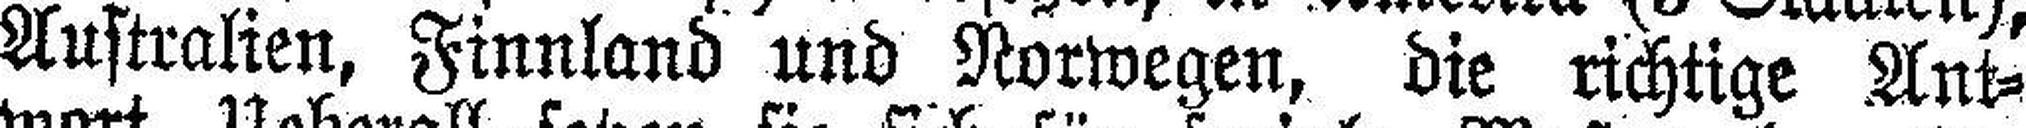
Australien, Finnland und Norwegen, die richtige Ant¬